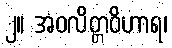
၂။ အဝလိတ္တဝိဟာရ၊